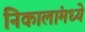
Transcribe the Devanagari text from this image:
निकालांमध्ये